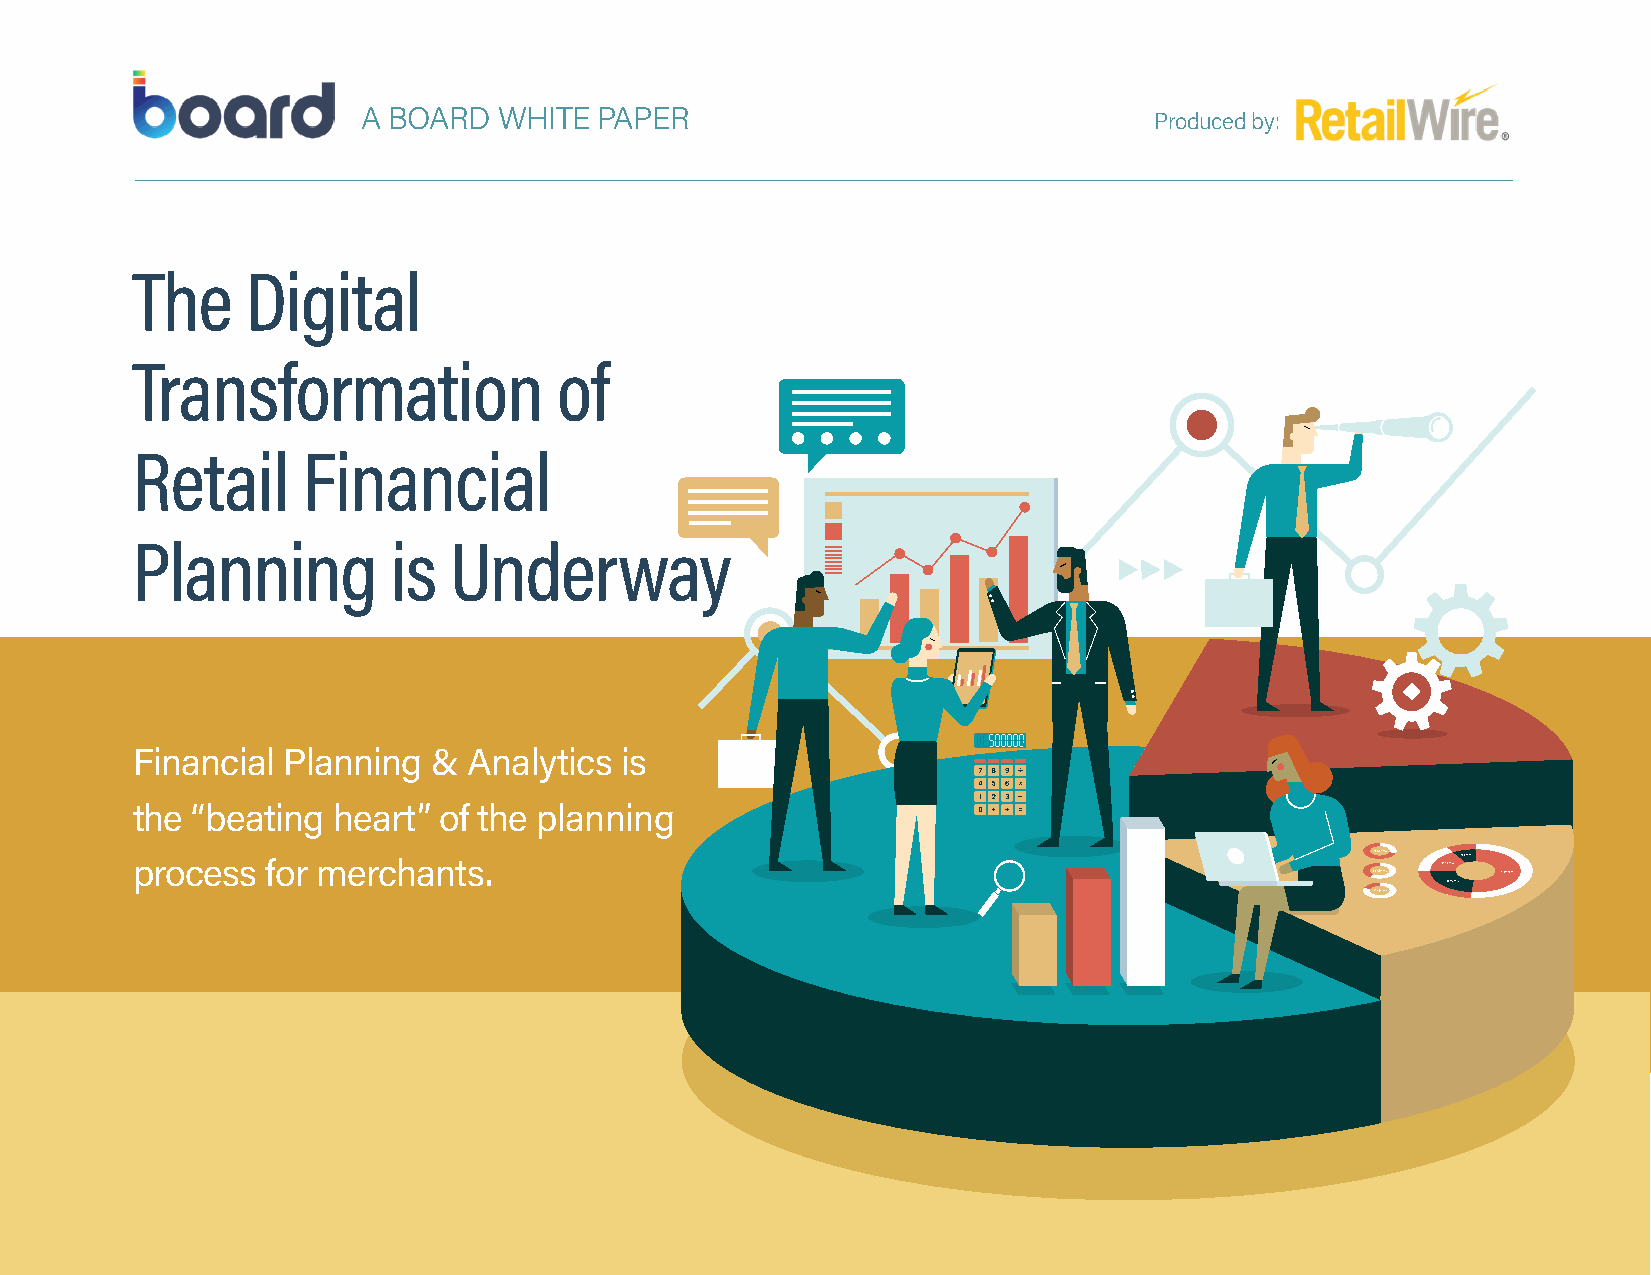
AA BBOOAARRDD WWHHIITTEE PPAAPPEERR                 PPrroodduucceedd bbyy::
 The    Digital
 Transformation              of
 Retail     Financial
 Planning         is  Underway
 Financial Planning  & Analytics is
 the “beating heart” of the planning
 process  for merchants.